Calcutta medical institutions reports 1892-1900
Year: 1892
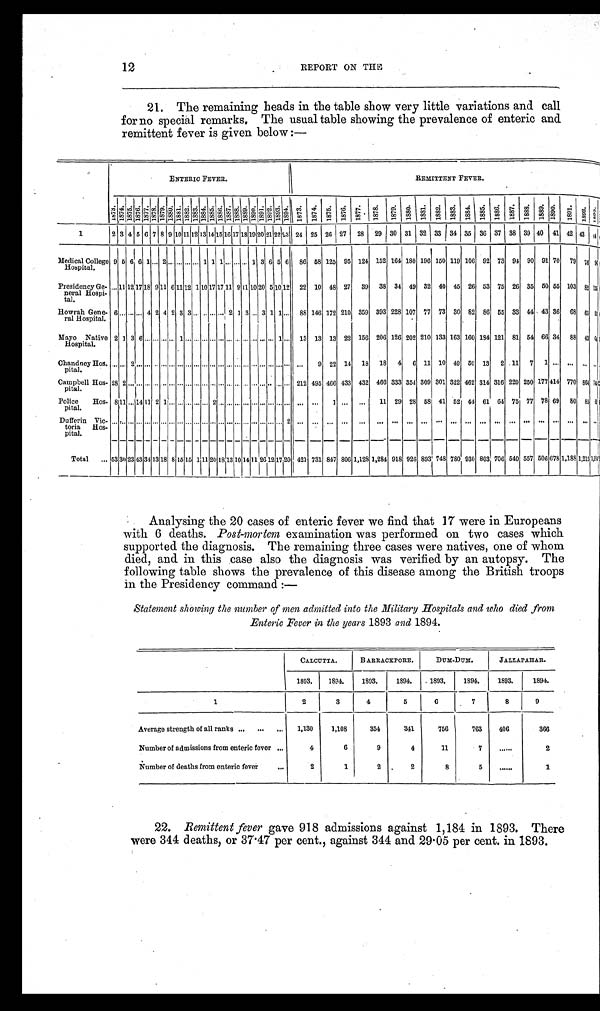
12
REPORT ON THE
21. The remaining heads in the table show very little variations and call
for no special remarks. The usual table showing the prevalence of enteric and
remittent fever is given below :—
ENTERIC FEVER.
REMITTENT FEVER.
1873.
1874.1875.
1876.
1877.
1 8 7 8 .
1879. 1880.
1881. 1882. 1883.
1 8 8 4 .
1885. 1886.
1887.
1888. 1889. 1890. 1891. 1892.
1893. 1894.
1873.
1874. 1875. 1876.
1877. 1878. 1879. 1880. 1881. 1882.
1 8 8 3 .
1 8 8 4 .
1885.
1886.
1887.
1888. 1889.
1890.
1891. 1892.
1
2 3 4 5 6 7 8 9
10 1 1
12 13 14 1 5
16 1 7 1 8 1 9 2 0 2 1 2 2
23 24 25
2 6 27 28 29 30 31 32
3 3 34
3 5 36 37 38
3 9 40
4 1 42
4 3 4 4
Medical College
Hospital.
9 5 6 6 1 ... 2 . . . ... ... ... 1 1 1 ... ... ... 1 3 6 5 6 86 58 125 95 124 152 164 180 196 150 119 106 92 73 94 90 91 70 79 76 9
Presidency Ge-
neral Hospi-
tal.
... 11 12 17 18 9 11 6 11 12 1 1 0 17 17 11 9 11 10 20 5 10 12 22 10 48 27 39 38 34 49 32 40 45 26 53 75 26 35 50 55 103 82 155
Howrah Gene-
ral Hospital.
6 ... ... ... 4 2 4 2 3 3 ... . . . . . . . . . 2 1 3 ... 3 1 1 ... 88 146 172 210 359 393 228 107 77 73 30 82 86 55 33 44 43 36 68 65 55
Mayo Native
Hospital.
2 1 3 6 ... . . . ... ... 1 ... . . . ... ... . . . ... . . . ... . . . ... . . . 1 ... 13 13 13 22 156 206 126 202 210 133 163 160 184 121 81 54 66 34 88 43 6
Chandney Hos-
pital.
. . .
...
2 . . .
...
. . . ... ... ... . . . ... ... ... ... ... ... . . . ... ... ... . . .
...
...
9 22 14 18 18 4 6 11 10 49 50 13 2 11 7 1 ...
. . .
Campbell Hos-
pital.
28 2 ... ... ... . . . . . .... ... . . . . . . ... . . . . . . ... . . . . . . ... ... . . . . . . ... 212 495 466 433 432 466 333 354 309 301 322 462 314 316 220 250 177 414 770
8 6 4 7
Police
Hos-
pital.
8 11 ... 14 11 2 1 . . . . . . . . . . . . . . . 2 . . .
... . . . . . . . . . . . . . . . . . . ...
. . .
. . .
1
. . .
. . .
1 1 29 28 58 41 52 44 61 64 75 77 78 69 80 85 63
D u f f e r i n V i c -
toria Hos-
pital.
. . . . . . . . . . . . . . . . . . . . . . . . . . . . . . . . . . . . . . . . . .
... . . . . . . . . . . . . . . . . . .
2
. . .
. . .
. . .
. . .
. . .
. . .
. . .
. . .
. . .
. . .
. . .
. . . . . .
. . .
. . .
. . .
. . . . . .
. . . . . .
Total
... 53 30 23 43 34 13 18 8 15 15 1 11 20 1 8 13 10 14 11 26 12 1 7 20 421 731 847 806 1,128 1,284 918 926 893 748 780 930 803 706 540 557 506 678 1,188 1,215
1 ,
Analysing the 20 cases of enteric fever we find that 17 were in Europeans
with 6 deaths. Post-mortem examination was performed on two cases which
supported the diagnosis. The remaining three cases were natives, one of whom
died, and in this case also the diagnosis was verified by an autopsy. The
following table shows the prevalence of this disease among the British troops
in the Presidency command :—
Statement showing the number of men admitted into the Military Hospitals and who died from
Enteric Fever in the years 1893 and 1894.
CALCUTTA. B ARRACKPORE.
DUM-DUM.
JALLAPAHAR.
1893.
1894.
1893.
1894.
1893.
1894.
1893.
1894.
1
2
3
4
5
6
7
8
9
Average strength of all ranks ...
...
...
1,130
1,108
354
341
756
763
406
366
Number of admissions from enteric fever ...
4
6
9
4
11
7
......
2
Number of deaths from enteric fever
...
2
1
2
2
8
5
......
1
22. Remittent fever gave 918 admissions against 1,184 in 1893. There
were 344 deaths, or 37.47 per cent., against 344 and 29.05 per cent. in 1893.